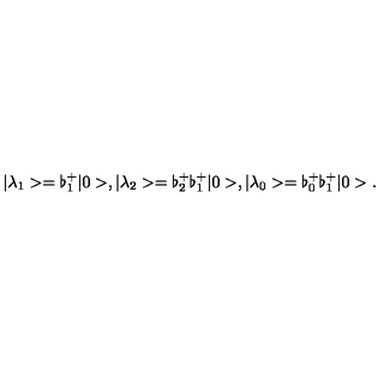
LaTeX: \vert \lambda _ { 1 } > = \flat _ { 1 } ^ { + } \vert 0 > , \vert \lambda _ { 2 } > = \flat _ { 2 } ^ { + } \flat _ { 1 } ^ { + } \vert 0 > , \vert \lambda _ { 0 } > = \flat _ { 0 } ^ { + } \flat _ { 1 } ^ { + } \vert 0 > .